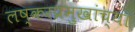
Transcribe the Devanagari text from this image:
लष्करप्रमुखांच्या